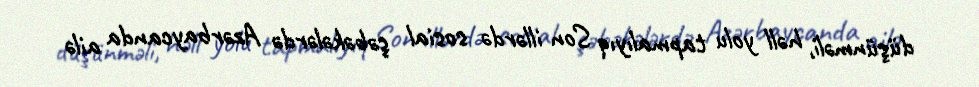
düşünməli, həll yolu tapmalıyıq Son illərdə sosial şəbəkələrdə Azərbaycanda ailə